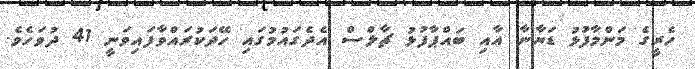
ހެރީގެ މަންމާފުޅު ޑަޔާނާ އާއި ބައްޕާފުޅު ޗާލްސް އެދެގައުމުގައި ހޭދަކުރައްވާފައިވަނީ 41 ދުވަހެވެ.